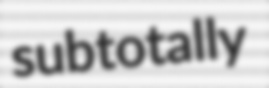
subtotally